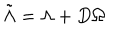
\tilde { \Lambda } = \Lambda + D \Omega